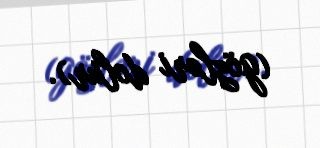
(gözləri dolur).